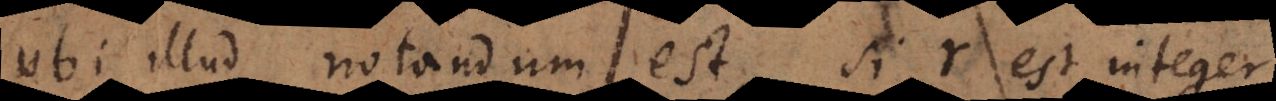
Ubi illud notandum est, si r est integer,